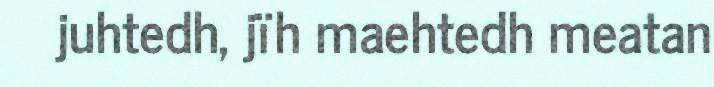
juhtedh, jïh maehtedh meatan